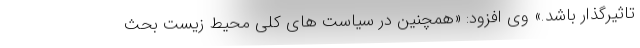
تاثیرگذار باشد.» وی افزود: «همچنین در سیاست های کلی محیط زیست بحث